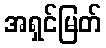
အရှင်မြတ်